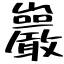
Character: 巖